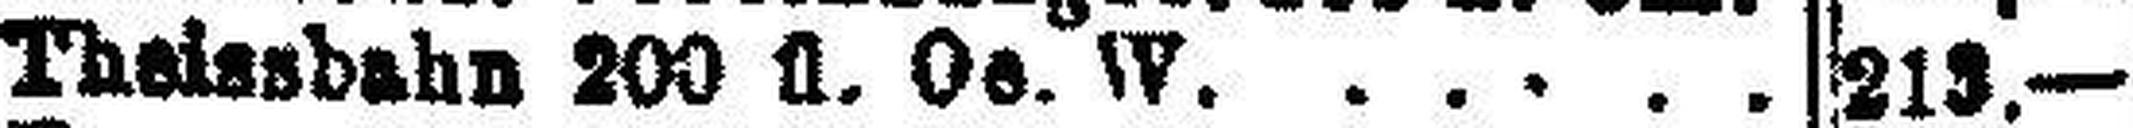
Theissbahn 200 fl. Oe. W.